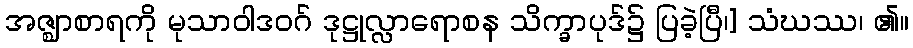
အဇ္ဈာစာရကို မုသာဝါဒဝဂ် ဒုဋ္ဌုလ္လာရောစန သိက္ခာပုဒ်၌ ပြခဲ့ပြီ၊] သံဃဿ၊ ၏။